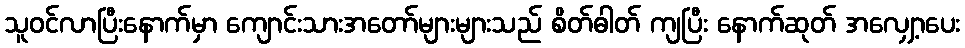
သူဝင်လာပြီးနောက်မှာ ကျောင်းသားအတော်များများသည် စိတ်ဓါတ် ကျပြီး နောက်ဆုတ် အလျှော့ပေး